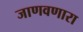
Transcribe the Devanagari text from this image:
जाणवणारा